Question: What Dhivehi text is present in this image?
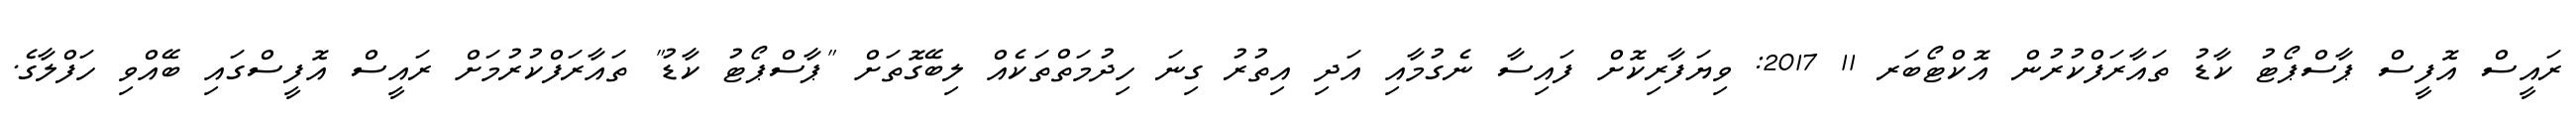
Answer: ރައީސް އޮފީސް ޕާސްޕޯޓު ކާޑު ތައާރަފްކުރުން އޮކްޓޯބަރ 11 2017: ވިޔަފާރިކޮށް ފައިސާ ނެގުމާއި އަދި އިތުރު ގިނަ ހިދުމަތްތަކެއް ލިބޭގޮތަށް "ޕާސްޕޯޓު ކާޑު" ތައާރަފްކުރުމަށް ރައީސް އޮފީސްގައި ބޭއްވި ހަފްލާގެ.